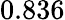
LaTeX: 0.836